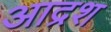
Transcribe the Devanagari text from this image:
आद्रश